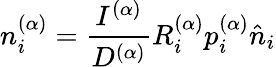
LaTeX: n_{i}^{(\alpha)}=\frac{I^{(\alpha)}}{D^{(\alpha)}}R_{i}^{(\alpha)}p_{i}^{(\alpha)}\hat{n}_{i}